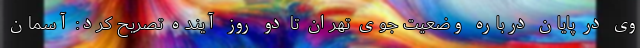
وی در پایان درباره وضعیت جوی تهران تا دو روز آینده تصریح کرد: آسمان